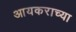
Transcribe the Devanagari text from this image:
आयकराच्या